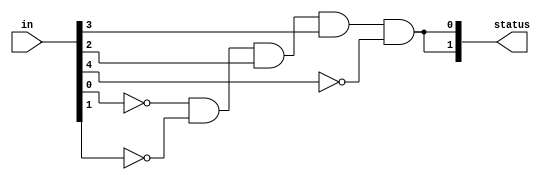
module digitallock(
input [4:0]in,//enter the 5 bit code
output [1:0] status //lock or unlock
);
parameter code = 5'b01100; //code to unlock the safe
assign status [1] = ~(in[0] ^code[0]) &~ (in[1] ^code[1]) &~ (in[2] ^code[2]) &~ (in[3]^code[3]) &~ (in[4] ^code[4]);//lock
assign status [0] = status [1];
endmodule